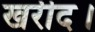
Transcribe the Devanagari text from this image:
खरीद।